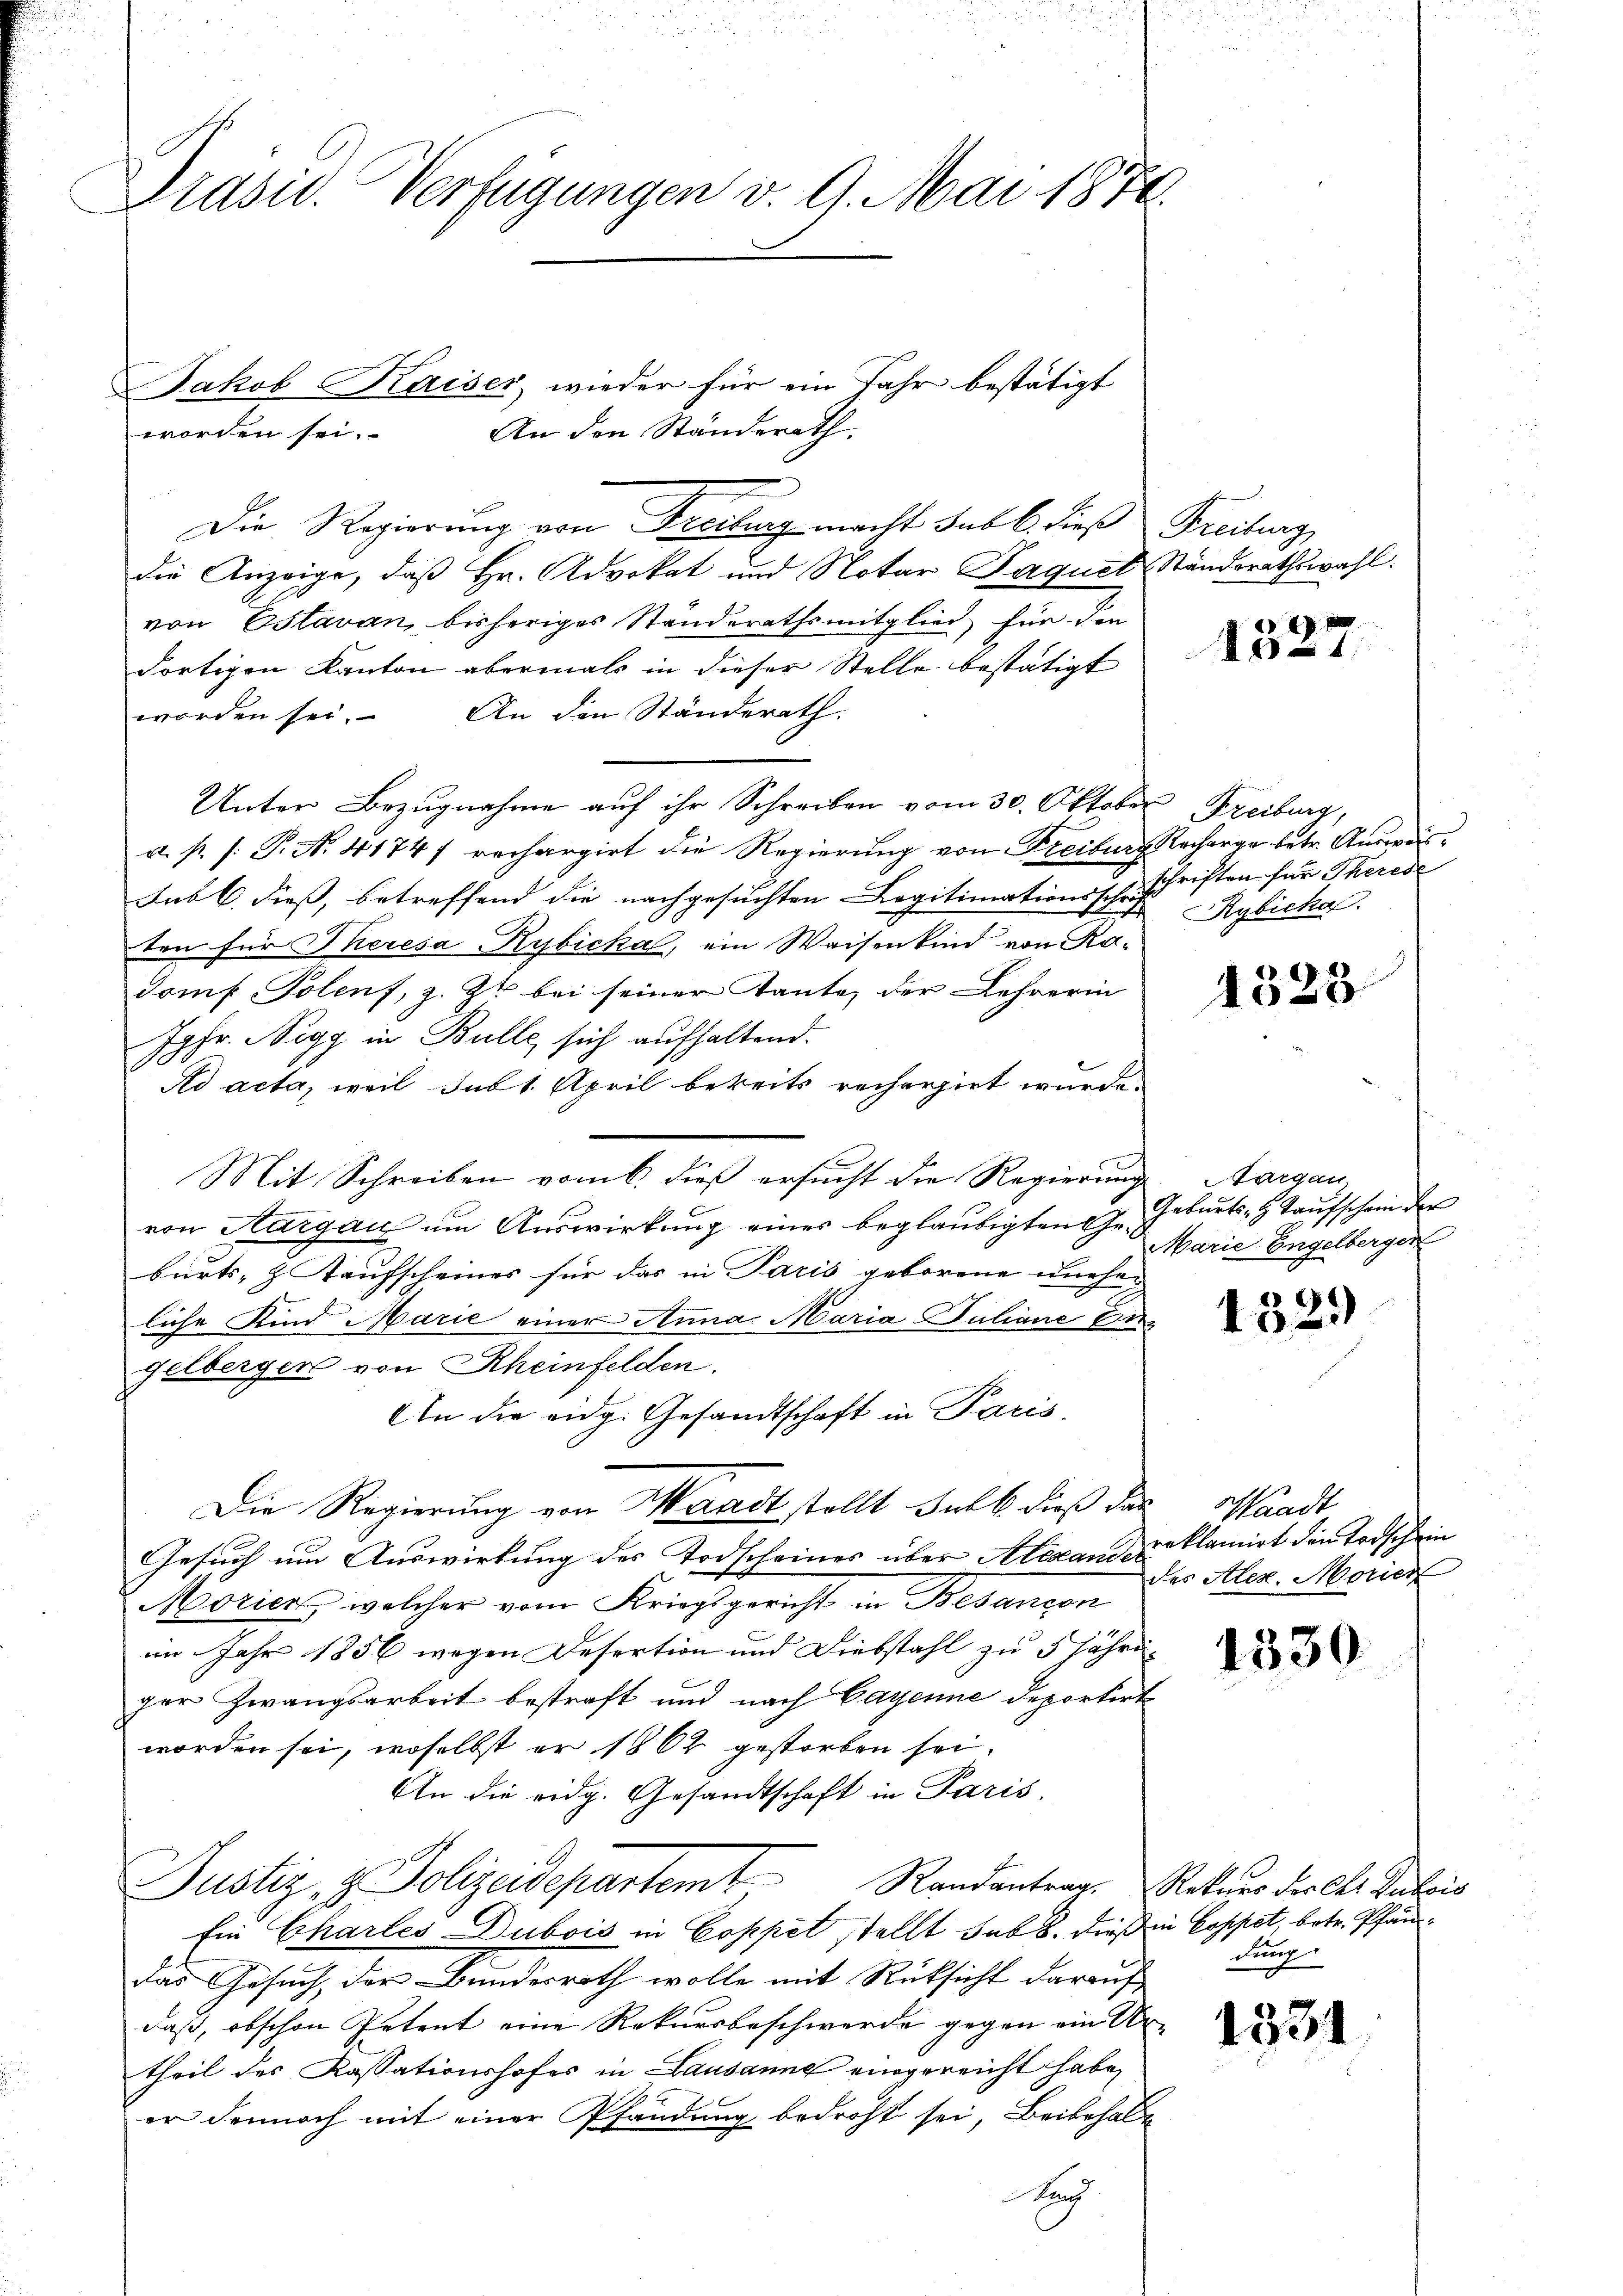
Präsid. Verfügungen v. 9. Mai 1874.

Jakob Kaiser wieder für ein Jahr bestätigt
Die Regierung von Freiburg macht sub b. dies Freitung
die Anzeige, daß Hr. Advokat und Notar Jaquet Standsrathswahl.
von Estavan, bisheriges Standerathsmitglied für den
dortigen Kanton abermals in dieser Stelle bestätigt
worden sei. An den Ständerath.
Unter Bezugnahme auf ihr Schreiben vom 30. Oktober Freiburg,
a. p. /: P. N. 41747 rechargirt die Regierung von Freiburg Recharge betr. Ausweissub 6. dieß, betreffend die nachgesuchten Legitimationsschrif
ten für Theresa Rybicka, ein Waisenkind von Ka¬
Tomf Polens, z. Zt. bei seiner Tante, der Lehrerin
Jgfr. Nigg in Bulle sich aufhaltend.
Ad acta, weil sub 1. April bereits recherzirt wurde.
Mit Schreiben vom 6. dieß ersucht die Regierung
von Aargau um Auswirkung eines beglaubigten Gebrirts- & Taufscheines für das in Paris geborene uneheliche Kind Marie einer Anna Maria Juliane Ergelberger von Rheinfelden.
An die eidg. Gesandtschaft in Paris.
Die Regierung von Waadt stellt halb dieß das Waadt
Gesuch um Auswirkung des Todscheines über Alexand- u. klamirt den Todschein
Morien, welcher vom Kriegsgericht in Besancon
im Jahr 1856 wegen Desertion und Diebstahl zu 5 jähriger Zwangsarbeit bestraft und nach Cayenne deportirt
worden sei, woselbst er 1862 gestorben sei.
An die eidg. Gesandtschaft in Paris.
Justiz, z. Polizeidepartem Randantrag, Rekurs der lt. Zutris
Ein Chartes Dubois in Coppel stellt sub 8. dieß in Coppet, betr. Pfandas Gesuch, der Bundesrath wolle mit Rüksicht darauf
daß, obschon Petent eine Rekursbeschwerde gegen ein Ur-
theil des Kassationshofes in Lausanne eingereicht habe,
er dennoch mit einer Pfändung bedroht sei, Beibehalt
g

worden sei.

An den Ständerath.

1327

schriften für Therede
Rybicka

1528

Targau
Geburts- & Taufschein der
Marie Engelberger

1329)

des Alex. Morier

1330

dung

1554